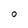
Character: 0